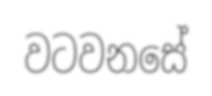
වටවනසේ